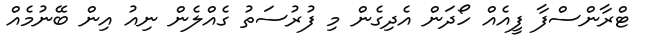
ޓްރާންސްފާ ފީއެއް ހޯދަން އެދިގެން މި ފުރުސަތު ގެއްލެން ނިއު އިން ބޭނުމެއް